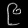
Digit: ၉